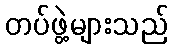
တပ်ဖွဲ့များသည်